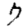
Digit: 7